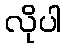
လိုပါ